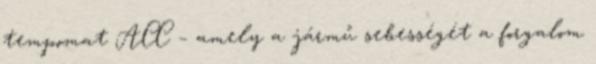
tempomat ACC – amely a jármű sebességét a forgalom